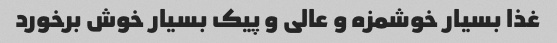
غذا بسیار خوشمزه و عالی و پیک بسیار خوش برخورد